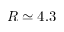
R \simeq 4 . 3